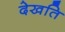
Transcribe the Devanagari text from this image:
देखति